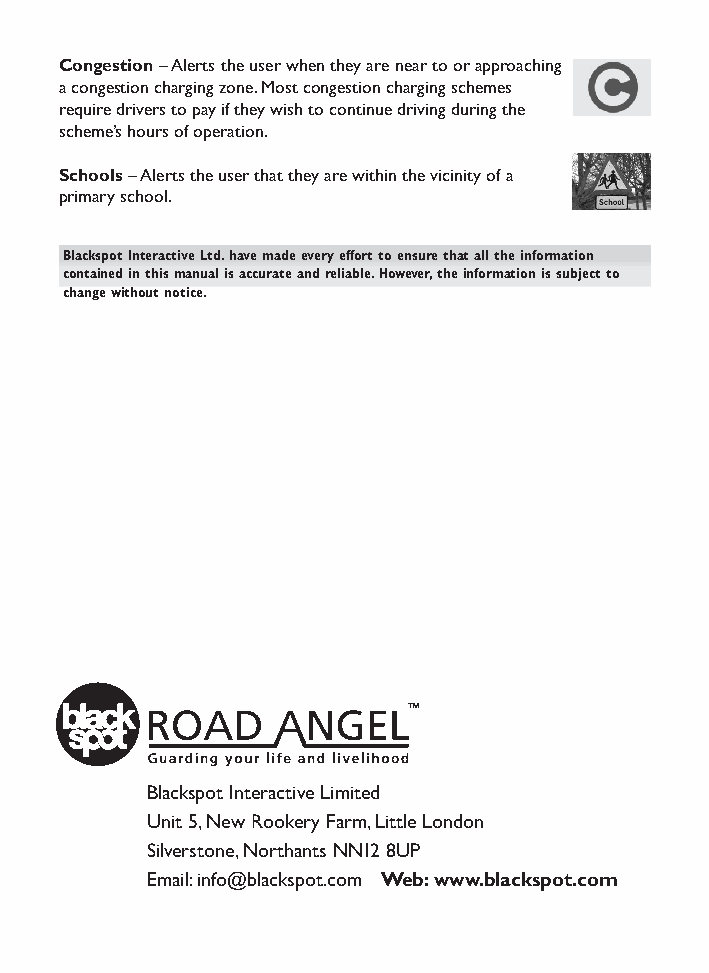
Congestion– Alerts the user when they are near to or approaching
 a congestion charging zone.Most congestion charging schemes
 require drivers to pay if they wish to continue driving during the
 scheme’s hours of operation.
 Schools– Alerts the user that they are within the vicinity of a
 primary school.
 Blackspot Interactive Ltd.have made every effort to ensure that all the information
 contained in this manual is accurate and reliable.However,the information is subject to
 change without notice.
 Blackspot Interactive Limited
 Unit 5,New Rookery Farm,Little London
 Silverstone,Northants NN12 8UP
 Email:info@blackspot.com Web:www.blackspot.com